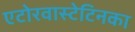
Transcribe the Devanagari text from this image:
एटोरवास्टेटिनका